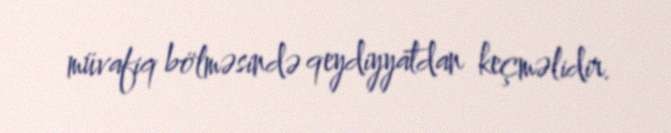
müvafiq bölməsində qeydiyyatdan keçməlidir.